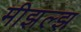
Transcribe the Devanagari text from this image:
मीझल्झ